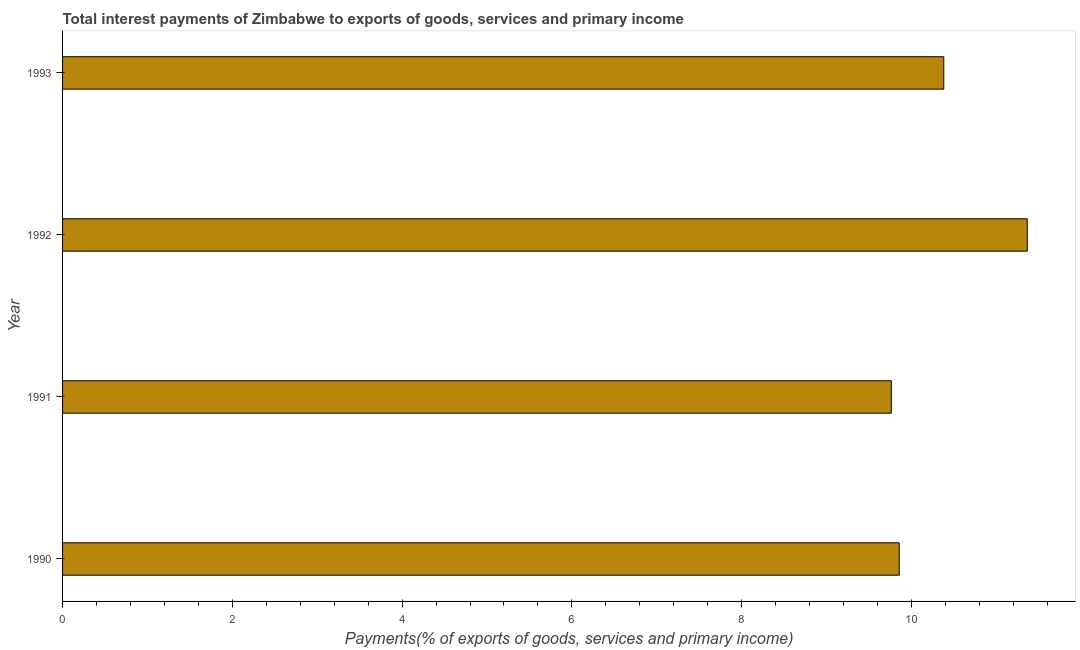
| Year | Interest payments on external debt |
 | --- | --- |
 | 1990 | 9.86 |
 | 1991 | 9.76 |
 | 1992 | 11.4 |
 | 1993 | 10.4 |